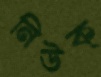
নিউক্